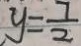
y = \frac { 7 } { 2 }